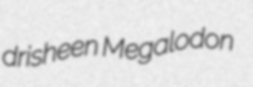
drisheen Megalodon